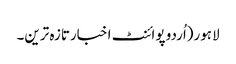
لاہور(اُردو پوائنٹ اخبارتازہ ترین۔